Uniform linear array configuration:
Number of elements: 32
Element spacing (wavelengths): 0.25
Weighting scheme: uniform
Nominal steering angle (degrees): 15
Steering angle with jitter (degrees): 15.43
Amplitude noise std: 0.05
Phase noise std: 0.05

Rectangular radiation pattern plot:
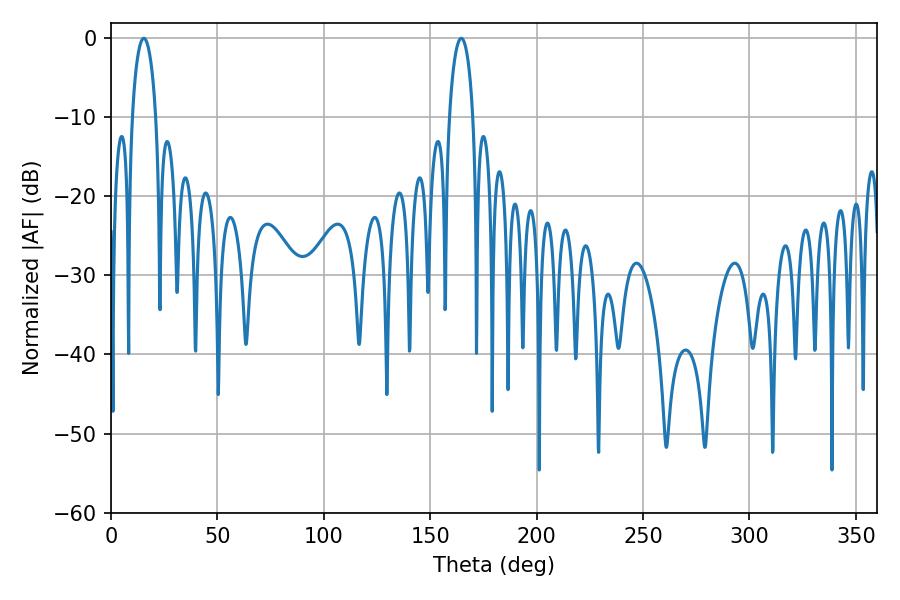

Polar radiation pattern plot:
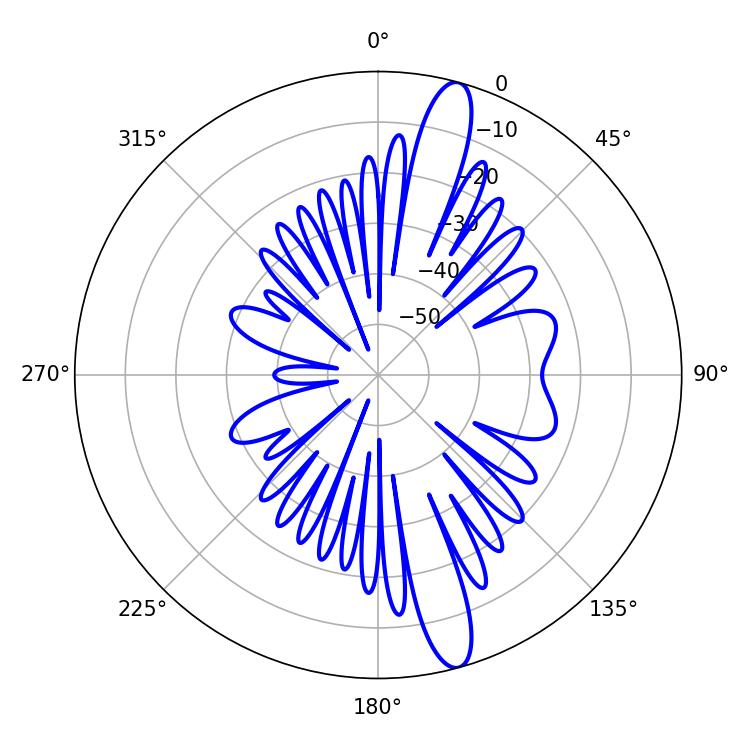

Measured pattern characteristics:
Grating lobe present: FALSE
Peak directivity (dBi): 14.547
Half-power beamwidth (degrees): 6.3
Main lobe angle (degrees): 164.52